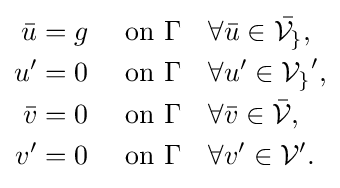
{\begin{aligned}{\bar {u}}=g&&{\text{ on }}\Gamma &&\forall &{\bar {u}}\in {\bar {\mathcal {V_{g}}}},\\u'=0&&{\text{ on }}\Gamma &&\forall &u'\in {\mathcal {V_{g}}}',\\{\bar {v}}=0&&{\text{ on }}\Gamma &&\forall &{\bar {v}}\in {\bar {\mathcal {V}}},\\v'=0&&{\text{ on }}\Gamma &&\forall &v'\in {\mathcal {V}}'.\end{aligned}}